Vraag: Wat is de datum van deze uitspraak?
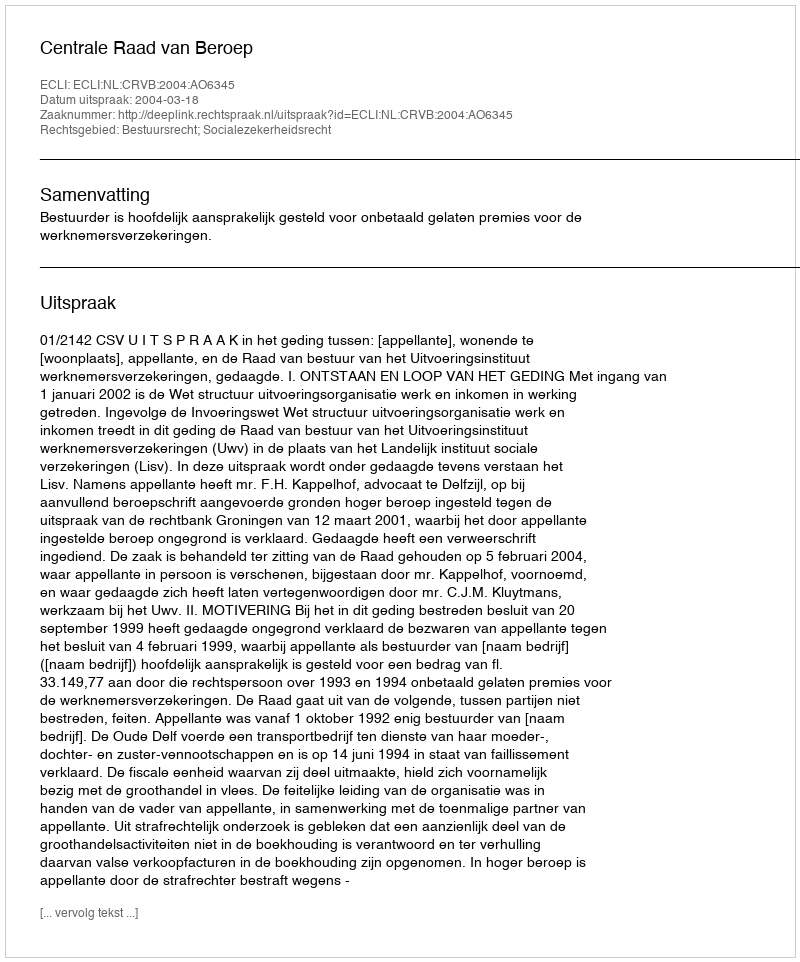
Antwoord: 2004-03-18